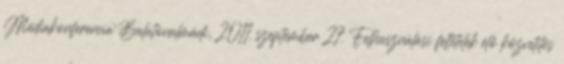
Médiakonferencia Balatonalmádi, 2011. szeptember 27. Felhasználási feltételek élő közvetítés